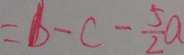
= b - c - \frac { 5 } { 2 } a